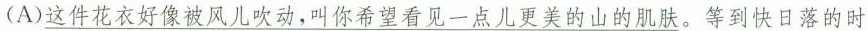
\underline{(A)这件花衣好像被风儿吹动，叫你希望看见一点儿更美的山的肌肤。}